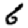
Digit: 6